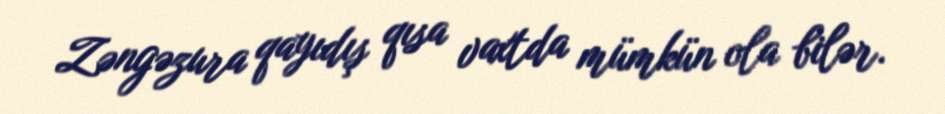
Zəngəzura qayıdış qısa vaxtda mümkün ola bilər.